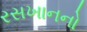
રસખાનનો